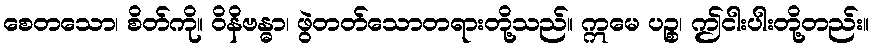
စေတသော၊ စိတ်ကို။ ဝိနိဗန္ဓာ၊ ဖွဲတတ်သောတရားတို့သည်။ ဣမေ ပဉ္စ၊ ဤငါးပါးတို့တည်း။